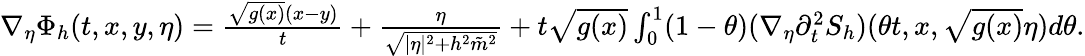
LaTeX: \begin{array}{r}{\nabla_{\eta}\Phi_{h}(t,x,y,\eta)=\frac{\sqrt{g(x)}(x-y)}{t}+\frac{\eta}{\sqrt{\lvert\eta\rvert^{2}+h^{2}\tilde{m}^{2}}}+t\sqrt{g(x)}\int_{0}^{1}(1-\theta)(\nabla_{\eta}\partial_{t}^{2}S_{h})(\theta t,x,\sqrt{g(x)}\eta)d\theta.}\end{array}